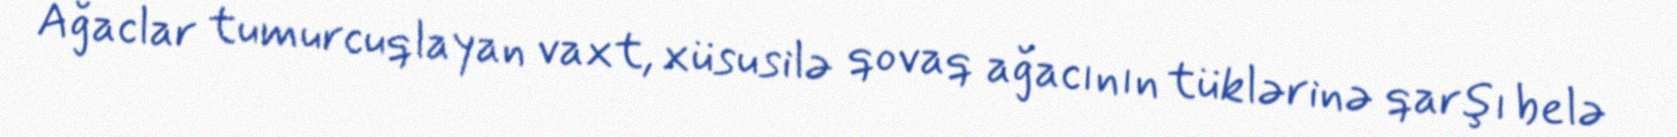
Ağaclar tumurcuqlayan vaxt, xüsusilə qovaq ağacının tüklərinə qarşı belə